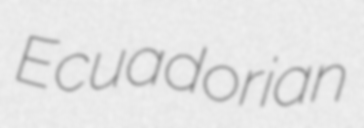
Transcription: Ecuadorian